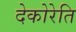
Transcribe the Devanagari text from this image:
देकोरेति